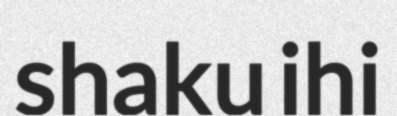
shaku ihi